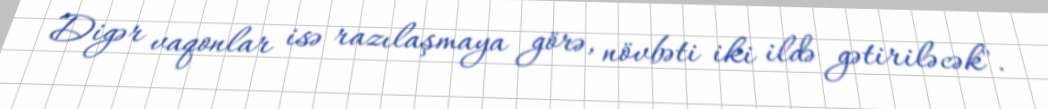
Digər vaqonlar isə razılaşmaya görə, növbəti iki ildə gətiriləcək".